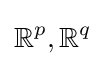
\mathbb {R} ^{p},\mathbb {R} ^{q}